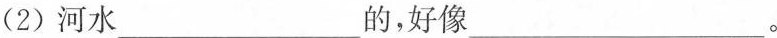
(2)河水___的，好像___。